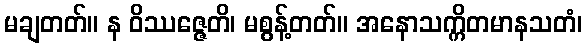
မချတတ်။ န ဝိဿဇ္ဇေတိ၊ မစွန့်တတ်။ အနောသက္ကိတမာနသတံ၊